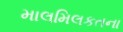
માલમિલકતના